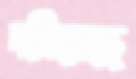
দমিয়েছে